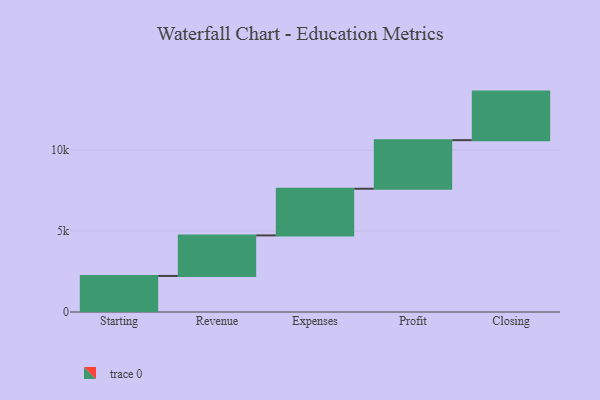
{"axis": {"x": "Step", "y": "Value"}, "legend": [""], "data": [{"x": "Starting", "y": 2227.0, "type": ""}, {"x": "Revenue", "y": 2505.0, "type": ""}, {"x": "Expenses", "y": 2883.0, "type": ""}, {"x": "Profit", "y": 3000, "type": ""}, {"x": "Closing", "y": 3000, "type": ""}]}